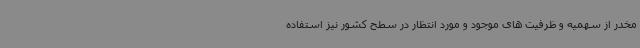
مخدر از سهمیه و ظرفیت های موجود و مورد انتظار در سطح کشور نیز استفاده